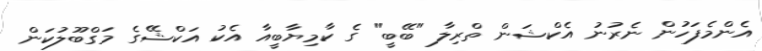
އެންމެފަހުން ނެރުނު އެކްޝަން ތްރިލާ "ބޭބީ" ގެ ކާމިޔާބީއާ އެކު އަކްޝޭގެ މަގްބޫލުކަން